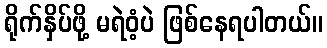
ရိုက်နှိပ်ဖို့ မရဲဝံ့ပဲ ဖြစ်နေရပါတယ်။